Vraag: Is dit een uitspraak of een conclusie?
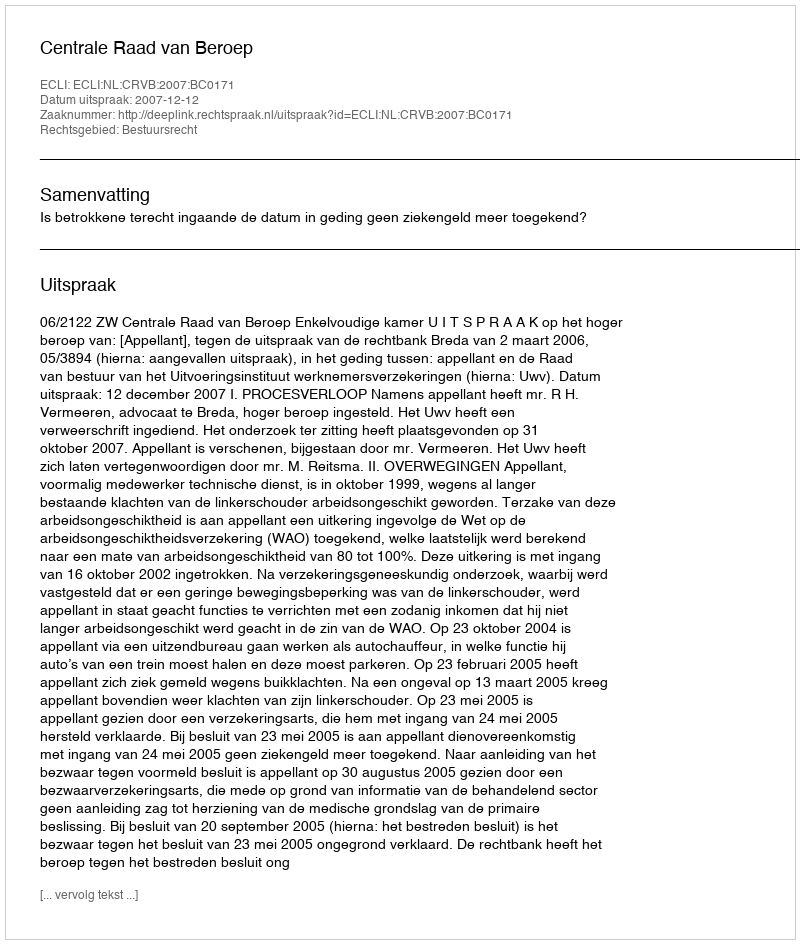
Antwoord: Uitspraak